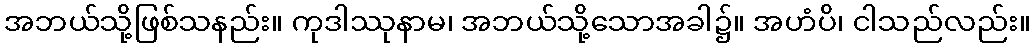
အဘယ်သို့ဖြစ်သနည်း။ ကုဒါဿုနာမ၊ အဘယ်သို့သောအခါ၌။ အဟံပိ၊ ငါသည်လည်း။